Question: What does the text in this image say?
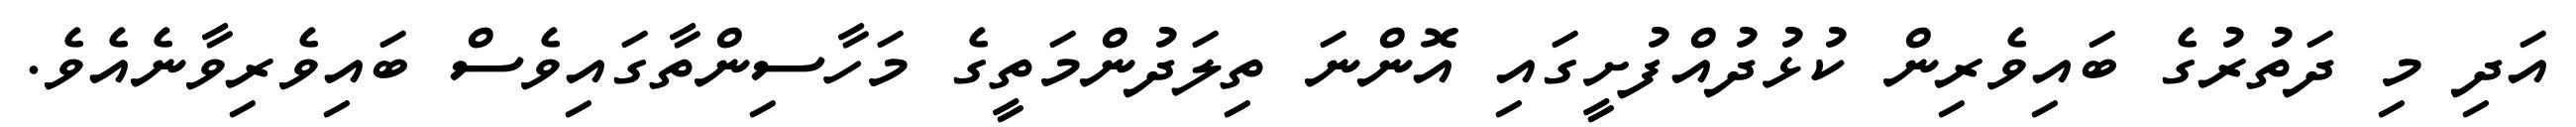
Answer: އަދި މި ދަތުރުގެ ބައިވެރިން ކުޅުދުއްފުށީގައި އޮންނަ ތިލަދުންމަތީގެ މަހާސިންތާގައިވެސް ބައިވެރިވާނެއެވެ.